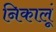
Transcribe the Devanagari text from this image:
निकालूं